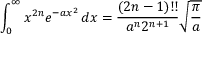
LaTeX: \int _ { 0 } ^ { \infty } x ^ { 2 n } e ^ { - a x ^ { 2 } } \, d x = { \frac { ( 2 n - 1 ) ! ! } { a ^ { n } 2 ^ { n + 1 } } } { \sqrt { \frac { \pi } { a } } }